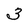
Character: 3